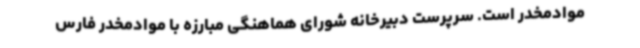
موادمخدر است. سرپرست دبیرخانه شورای هماهنگی مبارزه با موادمخدر فارس